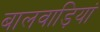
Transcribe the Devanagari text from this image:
बालवाड़ियां